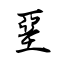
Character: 堊